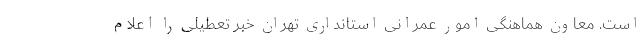
است. معاون هماهنگی امور عمرانی استانداری تهران خبر تعطیلی را اعلام